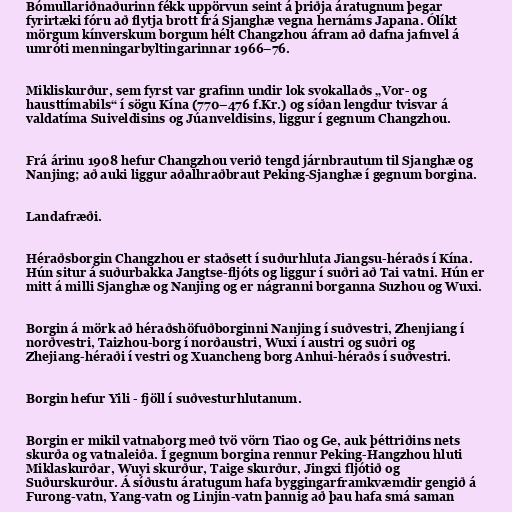
Bómullariðnaðurinn fékk uppörvun seint á þriðja áratugnum þegar
fyrirtæki fóru að flytja brott frá Sjanghæ vegna hernáms Japana. Ólíkt
mörgum kínverskum borgum hélt Changzhou áfram að dafna jafnvel á
umróti menningarbyltingarinnar 1966–76.

Mikliskurður, sem fyrst var grafinn undir lok svokallaðs „Vor- og
hausttímabils“ í sögu Kína (770–476 f.Kr.) og síðan lengdur tvisvar á
valdatíma Suiveldisins og Júanveldisins, liggur í gegnum Changzhou.

Frá árinu 1908 hefur Changzhou verið tengd járnbrautum til Sjanghæ og
Nanjing; að auki liggur aðalhraðbraut Peking-Sjanghæ í gegnum borgina.

Landafræði.

Héraðsborgin Changzhou er staðsett í suðurhluta Jiangsu-héraðs í Kína.
Hún situr á suðurbakka Jangtse-fljóts og liggur í suðri að Tai vatni. Hún er
mitt á milli Sjanghæ og Nanjing og er nágranni borganna Suzhou og Wuxi.

Borgin á mörk að héraðshöfuðborginni Nanjing í suðvestri, Zhenjiang í
norðvestri, Taizhou-borg í norðaustri, Wuxi í austri og suðri og
Zhejiang-héraði í vestri og Xuancheng borg Anhui-héraðs í suðvestri.

Borgin hefur Yili - fjöll í suðvesturhlutanum.

Borgin er mikil vatnaborg með tvö vörn Tiao og Ge, auk þéttriðins nets
skurða og vatnaleiða. Í gegnum borgina rennur Peking-Hangzhou hluti
Miklaskurðar, Wuyi skurður, Taige skurður, Jingxi fljótið og
Suðurskurður. Á síðustu áratugum hafa byggingarframkvæmdir gengið á
Furong-vatn, Yang-vatn og Linjin-vatn þannig að þau hafa smá saman